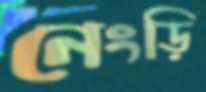
নেংড়ি